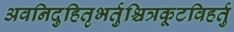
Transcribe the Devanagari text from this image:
अवनिदुहितृभर्तुश्चित्रकूटविहर्तु